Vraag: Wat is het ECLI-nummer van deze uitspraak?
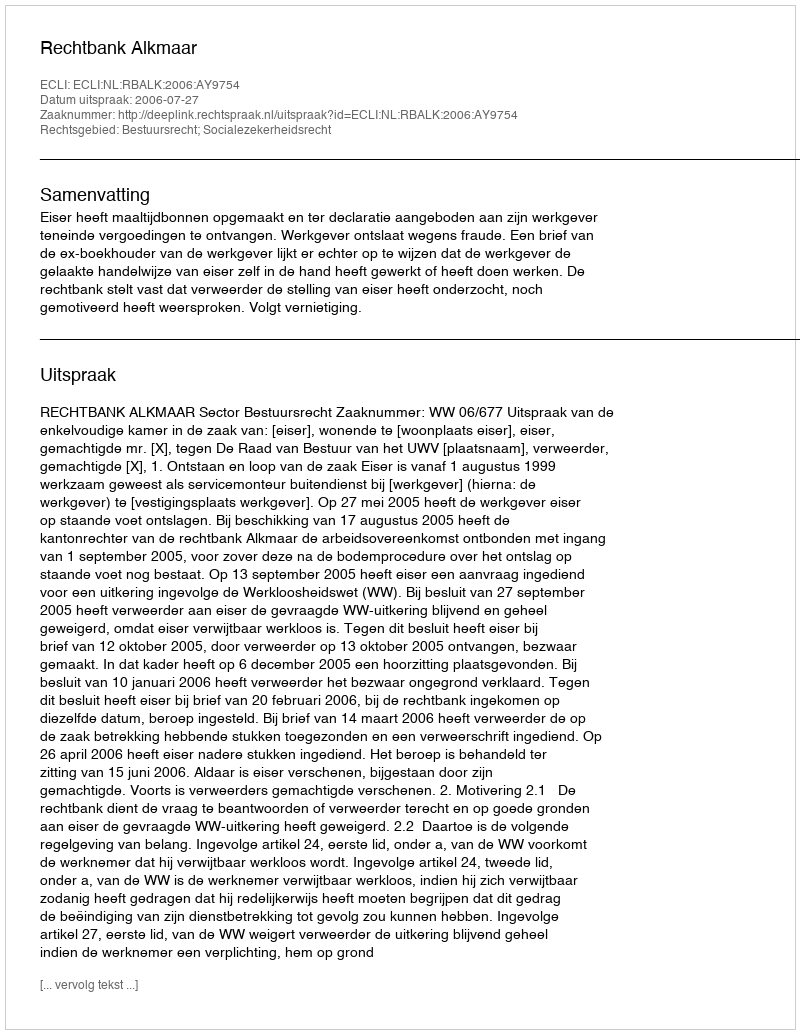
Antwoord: ECLI:NL:RBALK:2006:AY9754